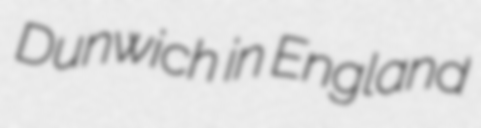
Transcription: Dunwich in England